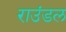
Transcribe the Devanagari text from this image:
राउंडल